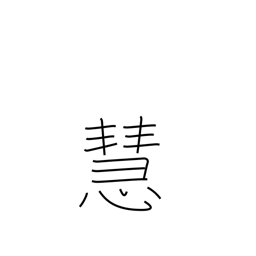
Meaning: wise